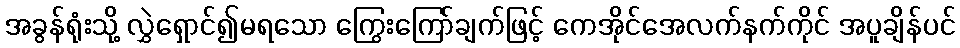
အခွန်ရုံးသို့ လွှဲရှောင်၍မရသော ကြွေးကြော်ချက်ဖြင့် ကေအိုင်အေလက်နက်ကိုင် အပူချိန်ပင်